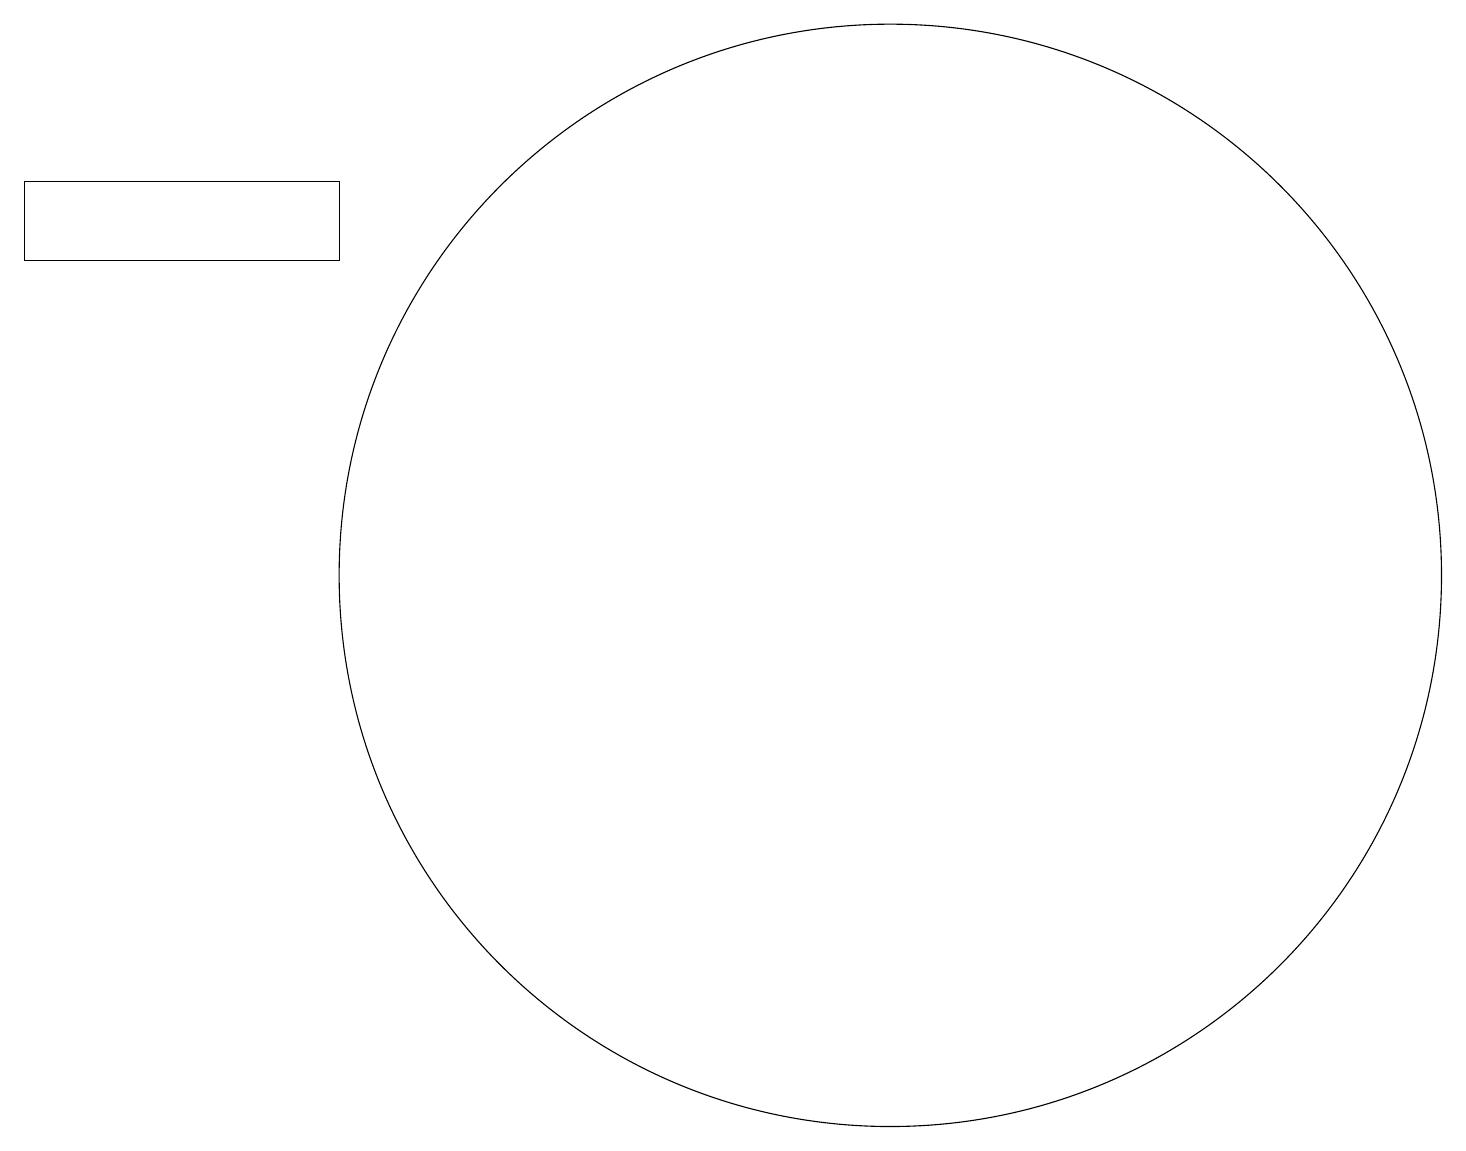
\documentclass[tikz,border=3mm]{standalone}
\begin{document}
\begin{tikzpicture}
\draw (11,11) circle (0);
\draw (12,10) circle (7);
\draw (1,15) rectangle (5,14);
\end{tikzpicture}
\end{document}